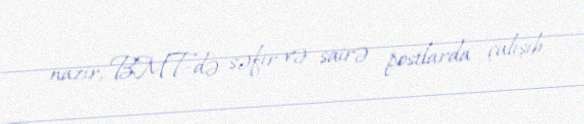
nazir, BMT-də səfir və sairə postlarda çalışıb.